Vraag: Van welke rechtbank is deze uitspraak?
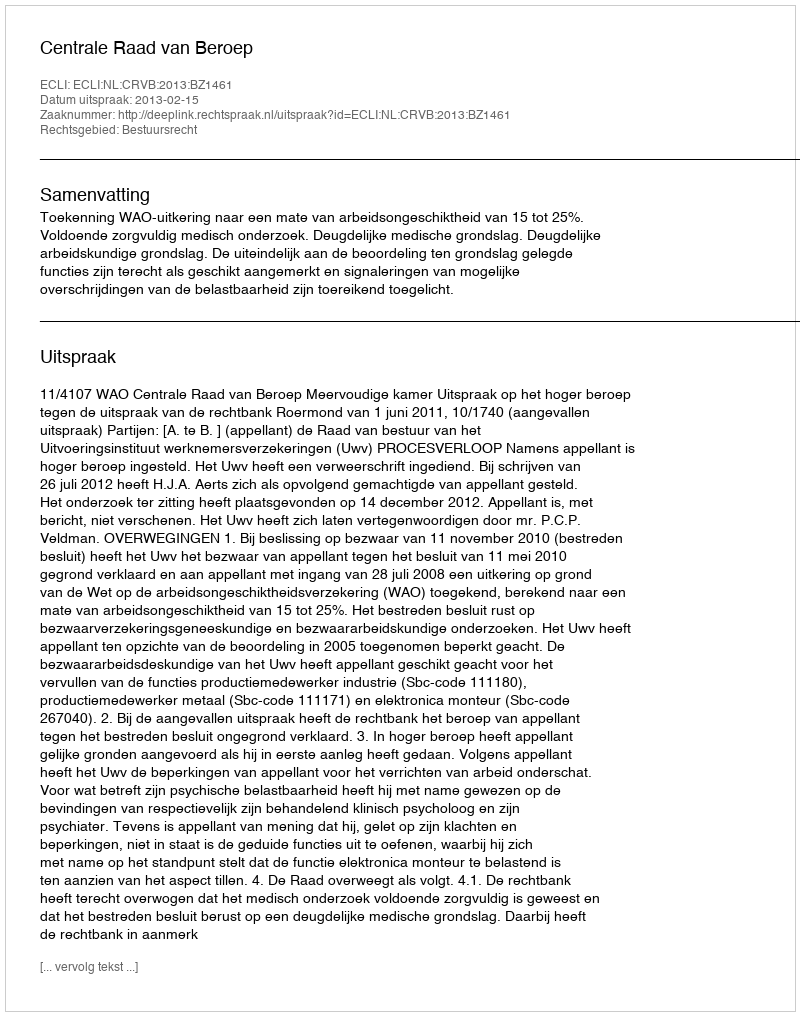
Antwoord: Centrale Raad van Beroep